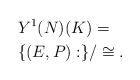
\begin{align*}&Y^1(N)(K) = \\&\{(E, P) : \}/\cong.\end{align*}